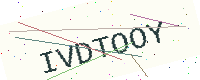
Text: IVDTOOY